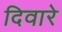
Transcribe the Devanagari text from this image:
दिवारे